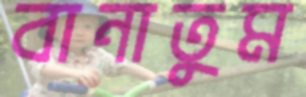
বানাতুম